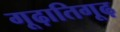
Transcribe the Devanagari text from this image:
गूढ़ातिगूढ़